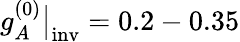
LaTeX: g_{A}^{(0)}\bigr|_{\mathrm{inv}}=0.2-0.35